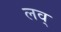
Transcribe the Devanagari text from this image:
लव्